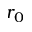
r _ { 0 }